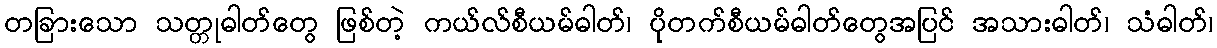
တခြားသော သတ္တုဓါတ်တွေ ဖြစ်တဲ့ ကယ်လ်စီယမ်ဓါတ်၊ ပိုတက်စီယမ်ဓါတ်တွေအပြင် အသားဓါတ်၊ သံဓါတ်၊